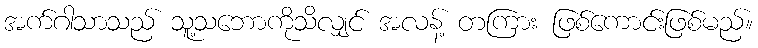
အက်ဂါသာသည် သူ့သဘောကိုသိလျှင် အလန့် တကြား ဖြစ်ကောင်းဖြစ်မည်။